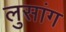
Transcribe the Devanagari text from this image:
लुसांग